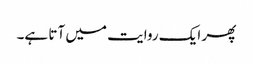
پھر ایک روایت میں آتا ہے۔